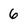
Character: 6